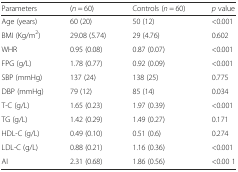
<table><thead><tr><td><b>Parameters</b></td><td><b>(<i>n</i> = 60)</b></td><td><b>Controls (<i>n</i> = 60)</b></td><td><b><i>p</i> value</b></td></tr></thead><tbody><tr><td>Age (years)</td><td>60 (20)</td><td>50 (12)</td><td>&lt;0.001</td></tr><tr><td>BMI (Kg/m<sup>2</sup>)</td><td>29.08 (5.74)</td><td>29 (4.76)</td><td>0.602</td></tr><tr><td>WHR</td><td>0.95 (0.08)</td><td>0.87 (0.07)</td><td>&lt;0.001</td></tr><tr><td>FPG (g/L)</td><td>1.78 (0.77)</td><td>0.92 (0.09)</td><td>&lt;0.001</td></tr><tr><td>SBP (mmHg)</td><td>137 (24)</td><td>138 (25)</td><td>0.775</td></tr><tr><td>DBP (mmHg)</td><td>79 (12)</td><td>85 (14)</td><td>0.034</td></tr><tr><td>T-C (g/L)</td><td>1.65 (0.23)</td><td>1.97 (0.39)</td><td>&lt;0.001</td></tr><tr><td>TG (g/L)</td><td>1.42 (0.29)</td><td>1.49 (0.27)</td><td>0.171</td></tr><tr><td>HDL-C (g/L)</td><td>0.49 (0.10)</td><td>0.51 (0.6)</td><td>0.274</td></tr><tr><td>LDL-C (g/L)</td><td>0.88 (0.21)</td><td>1.16 (0.36)</td><td>&lt;0.001</td></tr><tr><td>AI</td><td>2.31 (0.68)</td><td>1.86 (0.56)</td><td>&lt;0.00 1</td></tr></tbody></table>